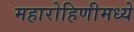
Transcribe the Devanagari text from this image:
महारोहिणीमध्ये